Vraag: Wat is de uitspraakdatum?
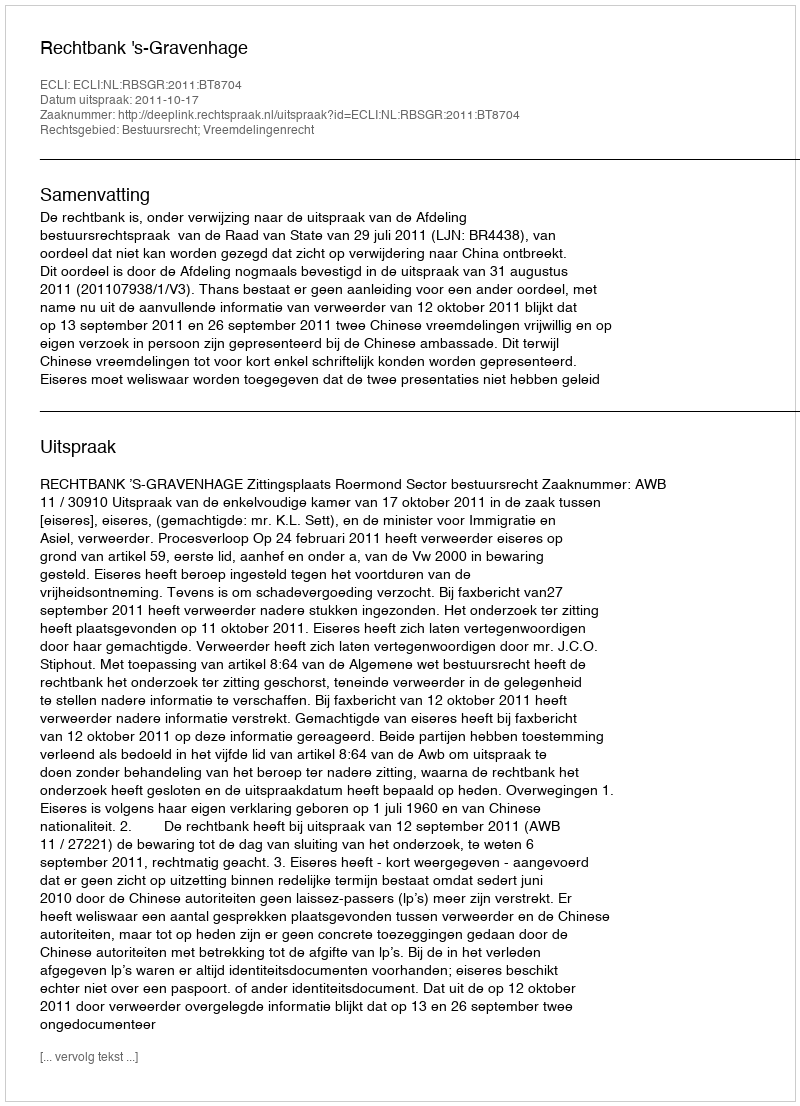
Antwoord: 2011-10-17